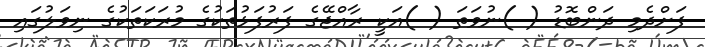
ފަށްދެމި ދަންބޮޑު ( )ނުވަތަ ( )އަކީ ރާއްޖޭގެ ފަރުފަޅުތަކުގެ މުރަކަތަކުގެ ނިވަލުގައި